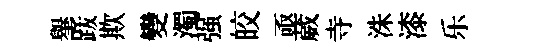
𦦙䟦欺變濁强皎亟葳寺洙漆乐